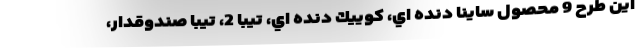
این طرح 9 محصول ساينا دنده اي، كوييك دنده اي، تيبا 2، تيبا صندوقدار،